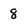
Character: 8